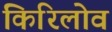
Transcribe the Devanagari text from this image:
किरिलोव